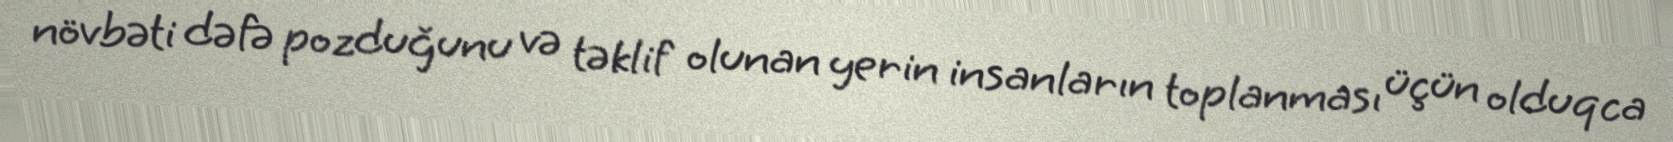
növbəti dəfə pozduğunu və təklif olunan yerin insanların toplanması üçün olduqca